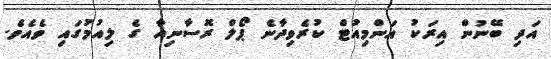
އަދި ބޭނުން އިރަކު އަންމިއުޓް ކުރެވިދާނެ ޕޯލް ރޮސާނިއާ ގެ ލިއުމުގައި ވެއެވެ.